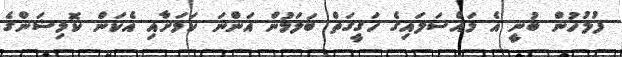
ފުލުހުން ބުނީ އެ މައްސަލައިގެ ހަގީގަތް ބަލަމުން އަންނަ ކަމަށާއި އެކަން ކޮމިޝަންގެ